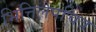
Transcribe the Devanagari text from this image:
भित्तिलेपचित्र